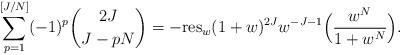
\begin{align*} \sum_{p=1}^{[J/N]}(-1)^{p}\binom {2J} {J-pN}=-\hbox{res}_{w}(1+w)^{2J}w^{-J-1}\Big(\frac{w^{N}}{1+w^{N}} \Big). \end{align*}